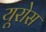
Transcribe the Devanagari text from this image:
यूरोस